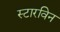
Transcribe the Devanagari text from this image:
स्टारविन